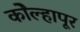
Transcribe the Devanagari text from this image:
काेेल्हापूर